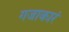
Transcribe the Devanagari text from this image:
गजाकारं